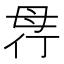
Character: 𣫲